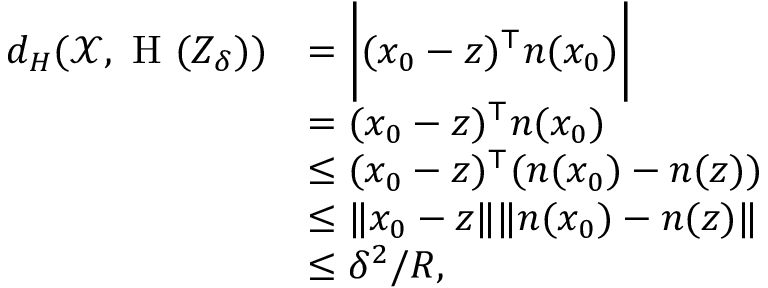
\begin{array} { r l } { d _ { H } ( \mathcal { X } , \textrm { H } ( Z _ { \delta } ) ) } & { = \bigg | ( x _ { 0 } - z ) ^ { \top } n ( x _ { 0 } ) \bigg | } \\ & { = ( x _ { 0 } - z ) ^ { \top } n ( x _ { 0 } ) } \\ & { \leq ( x _ { 0 } - z ) ^ { \top } ( n ( x _ { 0 } ) - n ( z ) ) } \\ & { \leq \| x _ { 0 } - z \| \| n ( x _ { 0 } ) - n ( z ) \| } \\ & { \leq \delta ^ { 2 } / R , } \end{array}